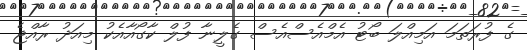
ގެ ފުރަތަމަ އަމިއްލަ ބޯޓު އެމްއެސްއެސް ގެލީނާ ފުލް ކާގޯއާއެކު މިއަދު ރާއްޖެ